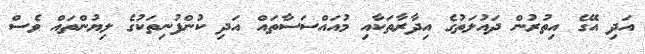
އަދި އޭގެ އިތުރުން ދައުލަތުގެ އިދާރާތަކާއި މުއައްސަސާތައް އަދި ކުންފުނިތަކުގެ ލިޔުންތައް ވެސް